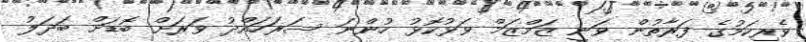
ވެރިކަމުގެ ފަރާތުން ވަނީ ޒަމްޒަމް ވަޅުކޮޅު ހުންނަ ސަރަހައްދު ވަރަށް ބޮޑަށް ބަދަލު